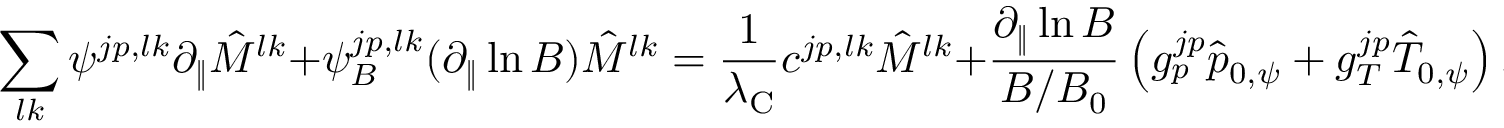
\sum _ { l k } \psi ^ { j p , l k } \partial _ { \| } \hat { M } ^ { l k } + \psi _ { B } ^ { j p , l k } ( \partial _ { \| } \ln B ) \hat { M } ^ { l k } = \frac { 1 } { \lambda _ { \mathrm { C } } } c ^ { j p , l k } \hat { M } ^ { l k } + \frac { \partial _ { \| } \ln B } { B / B _ { 0 } } \left( g _ { p } ^ { j p } \hat { p } _ { 0 , \psi } + g _ { T } ^ { j p } \hat { T } _ { 0 , \psi } \right) ,